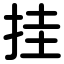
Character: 挂